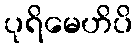
ပုရိမေဟိပိ